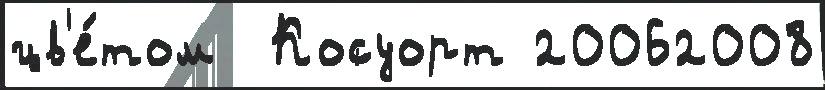
цв'е́том  Косуорт 20062008